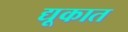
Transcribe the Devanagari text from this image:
द्यूकात